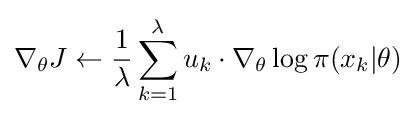
\nabla _{\theta }J\leftarrow {\frac {1}{\lambda }}\sum _{k=1}^{\lambda }u_{k}\cdot \nabla _{\theta }\log \pi (x_{k}|\theta )